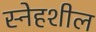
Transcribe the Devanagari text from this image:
स्नेहशील